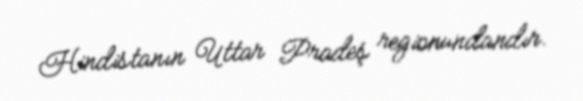
Hindistanın Uttar Pradeş regionundandır.